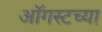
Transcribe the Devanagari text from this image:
आॅगस्टच्या